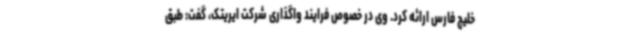
خلیج فارس ارائه کرد. وی در خصوص فرایند واگذاری شرکت ایریتک، گفت: طبق